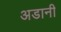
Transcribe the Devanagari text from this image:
अडानी